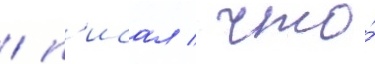
/ п'исал / что́